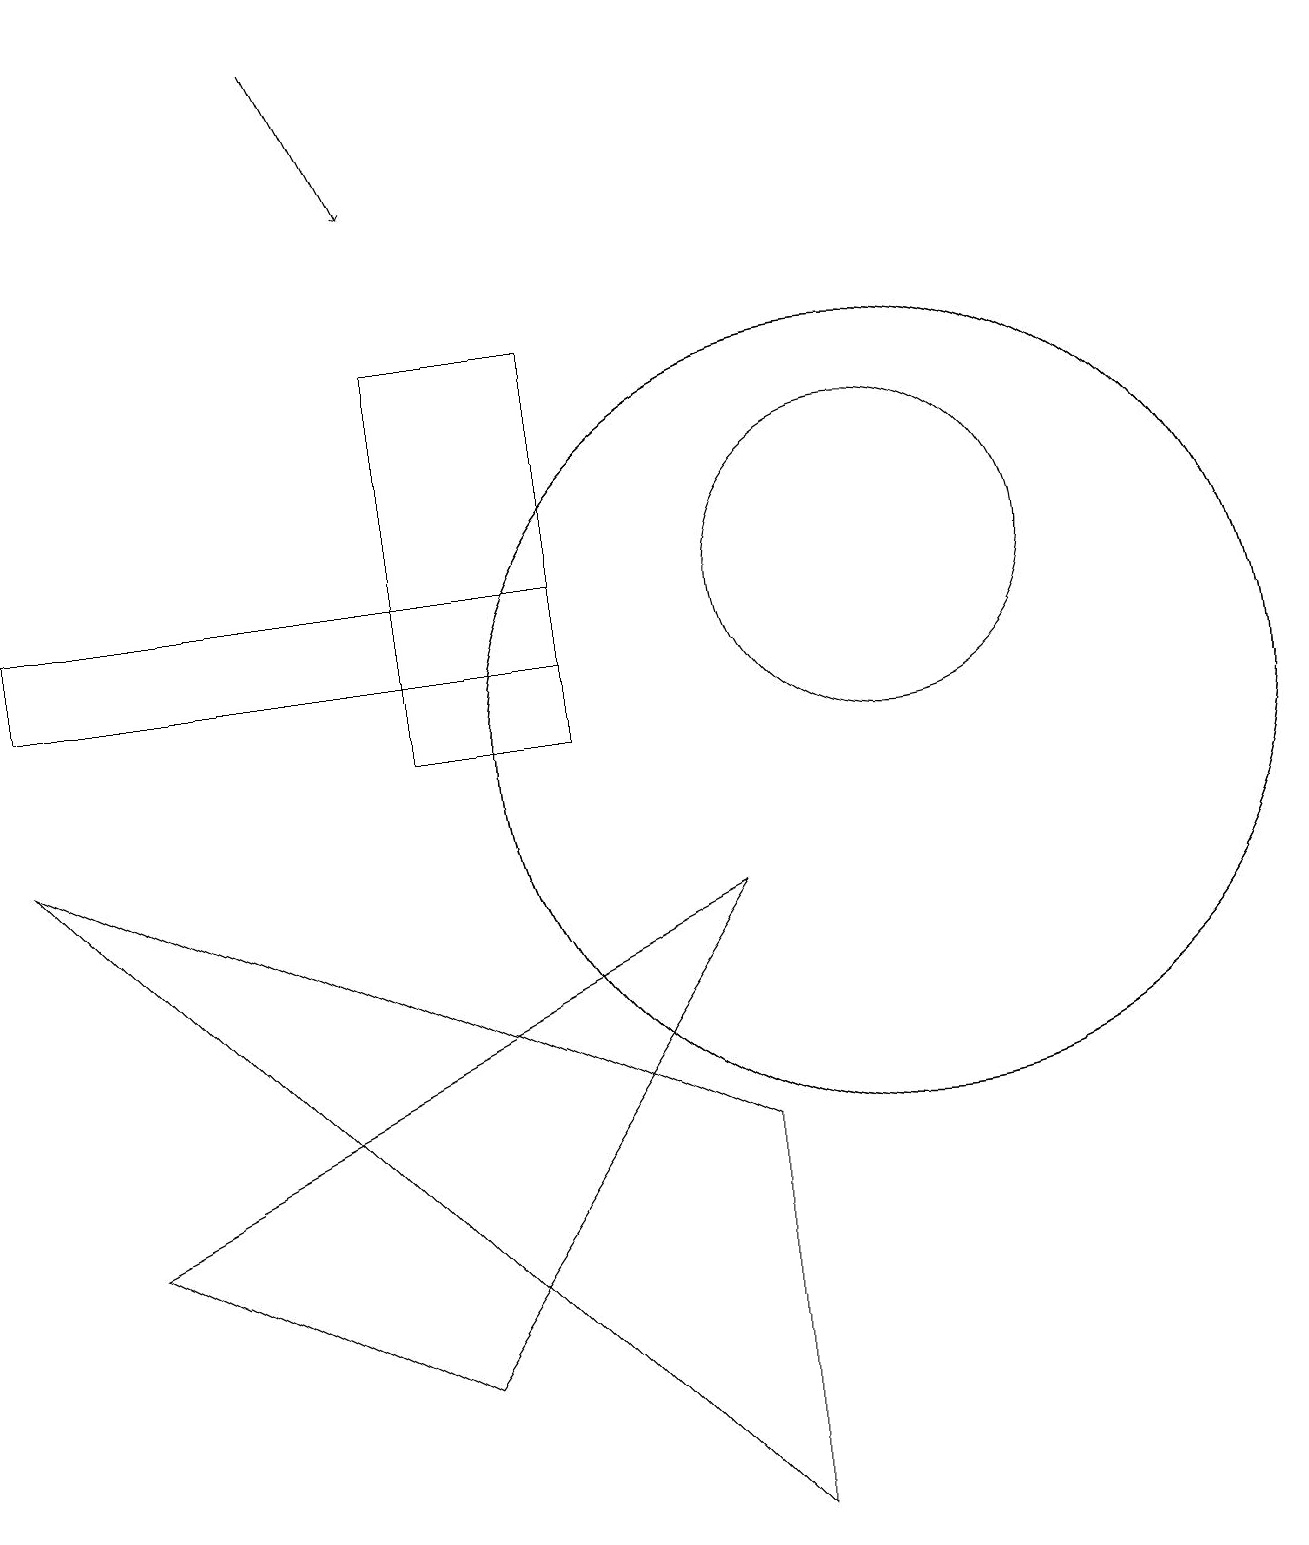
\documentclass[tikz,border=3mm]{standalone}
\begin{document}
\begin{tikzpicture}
\draw[->] (4,19) -- (5,17);
\draw (11,10) circle (5);
\draw (7,11) rectangle (0,12);
\draw (5,10) rectangle (7,15);
\draw (11,10) circle (5);
\draw (9,5) -- (9,0) -- (0,9) -- cycle;
\draw (11,12) circle (2);
\draw (9,8) -- (5,2) -- (1,4) -- cycle;
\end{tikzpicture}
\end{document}